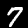
Label: 7